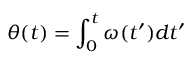
\theta ( t ) = \int _ { 0 } ^ { t } \omega ( t ^ { \prime } ) d t ^ { \prime }